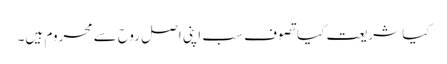
کیا شریعت کیا تصوف سب اپنی اصل روح سے محروم ہیں۔